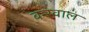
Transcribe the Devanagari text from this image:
बन्स्वाल